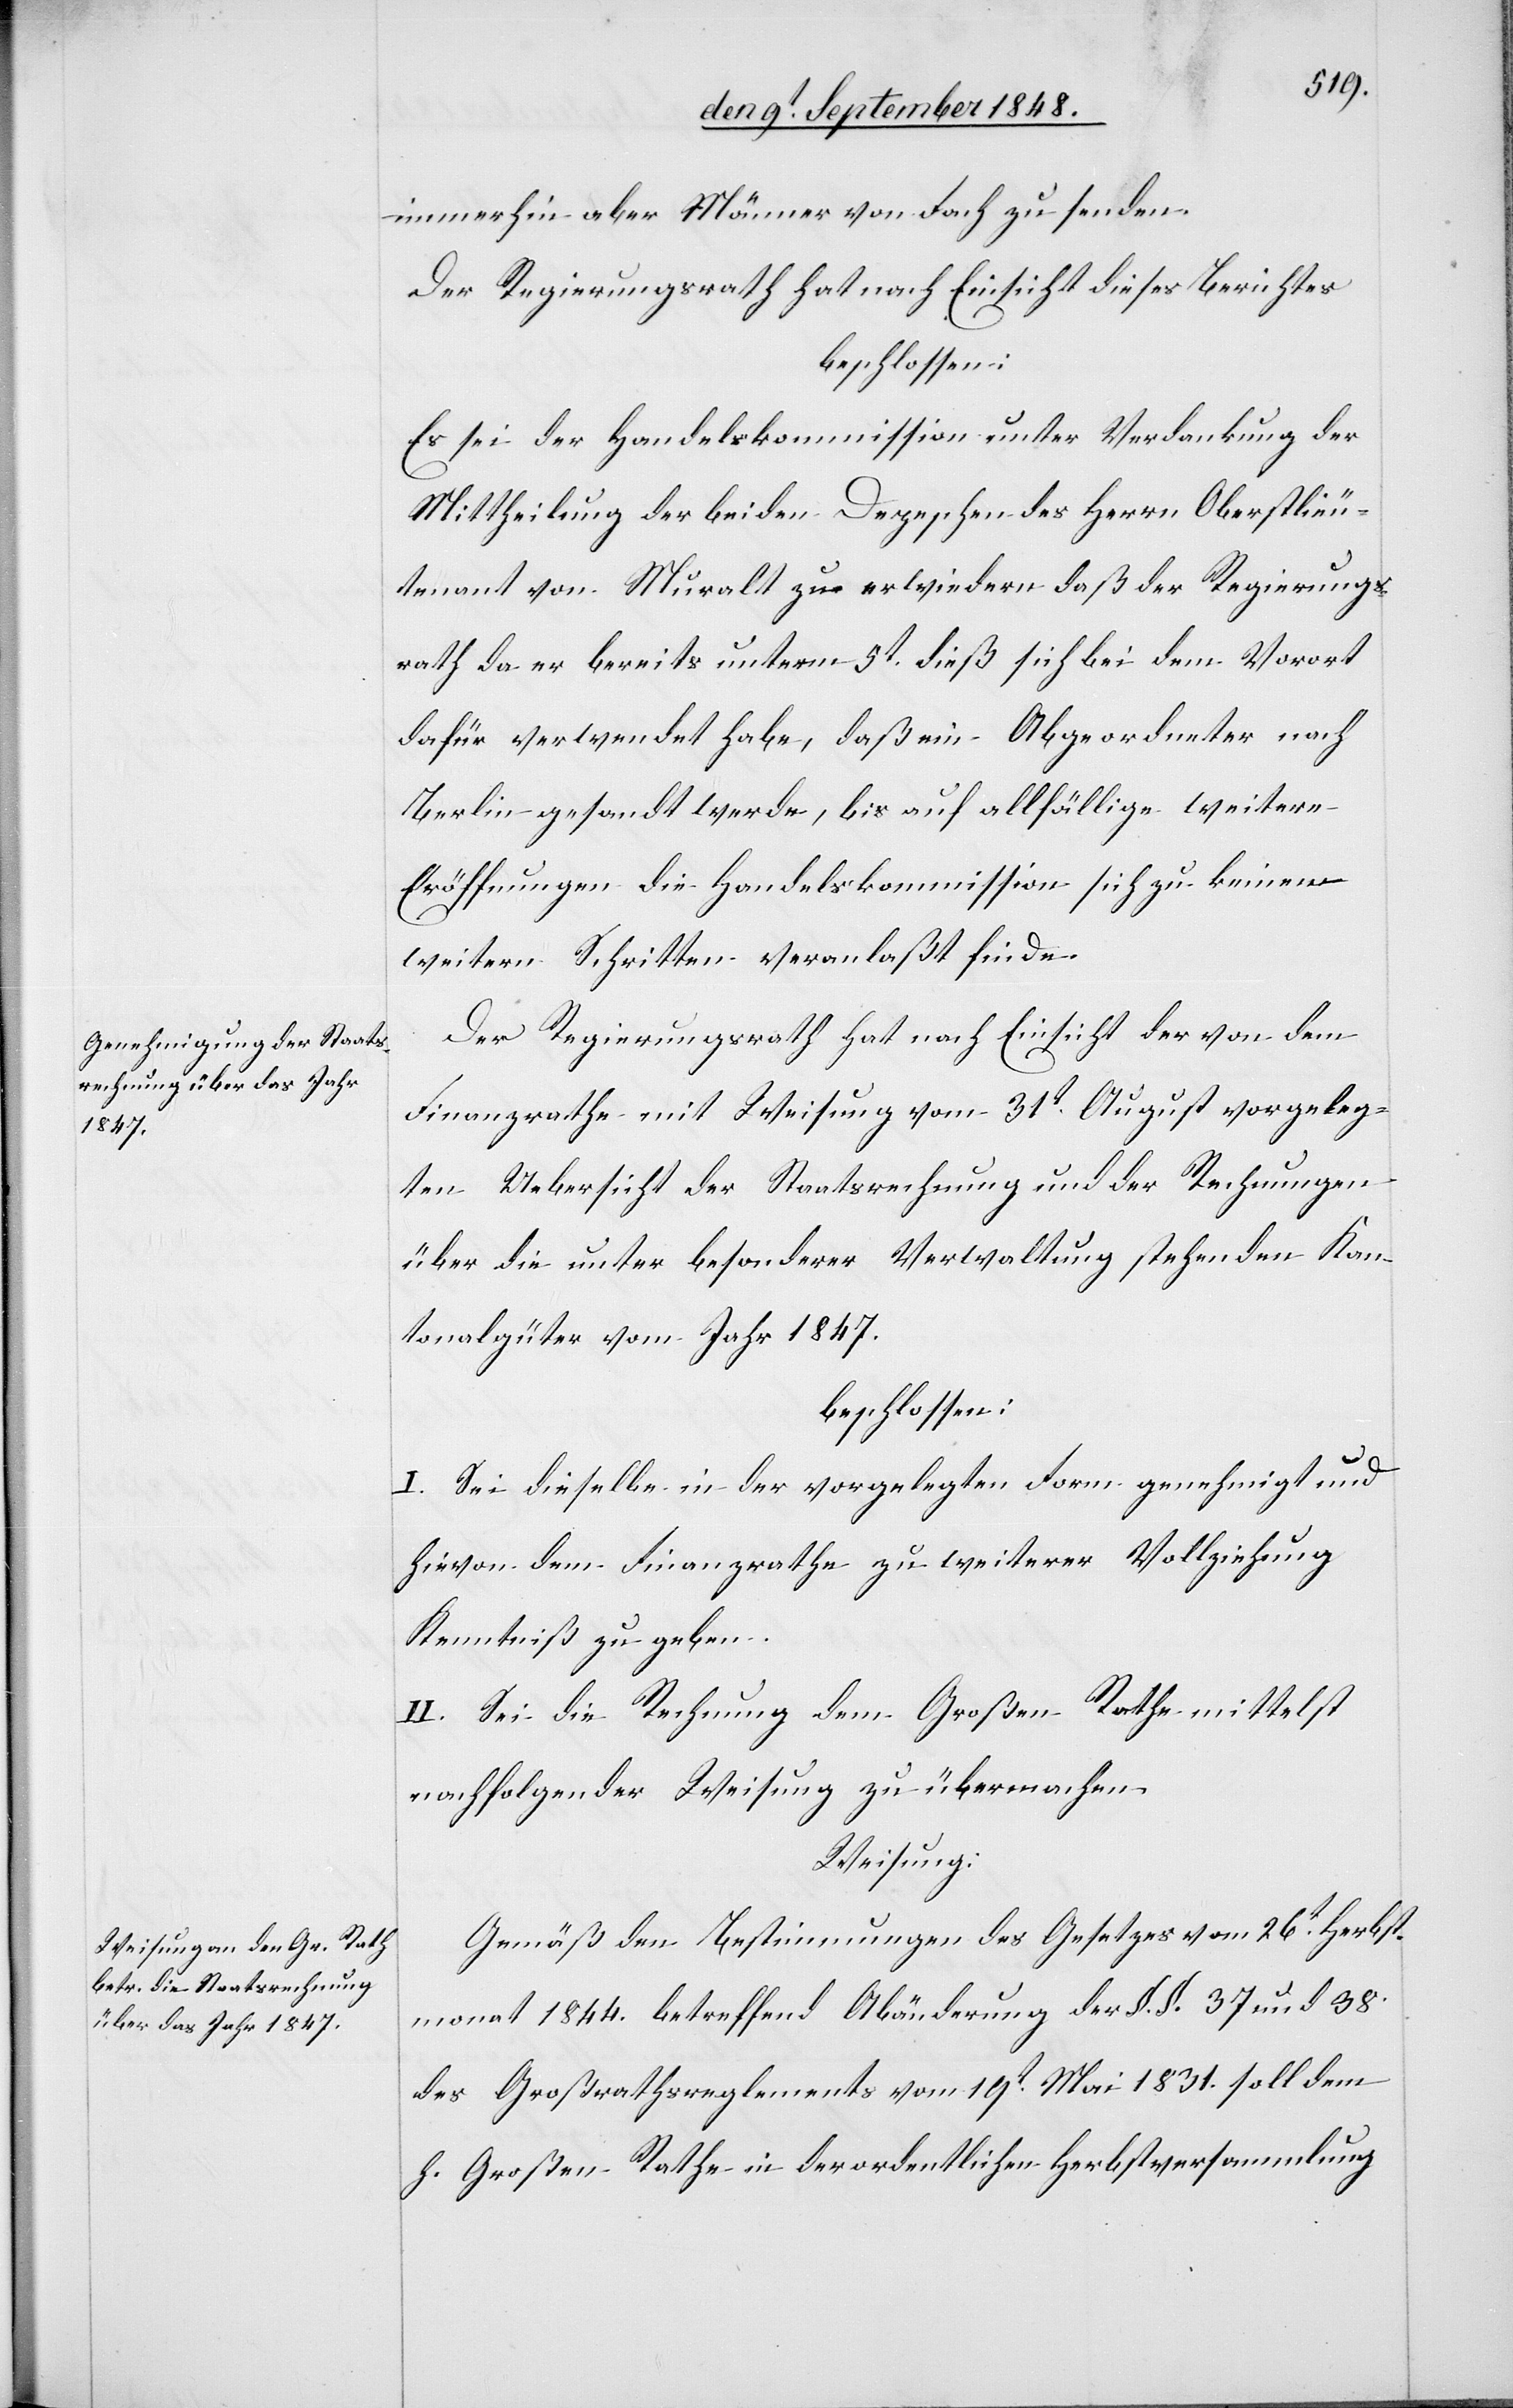
immerhin aber Männer von Fach zu senden.
Der Regierungsrath hat nach Einsicht dieses Berichtes
beschlossen:
Es sei der Handelskommission unter Verdankung der
Mittheilung der beiden Depeschen des Herrn Oberstlieu¬
tenant von Muralt zu erwidern, daß der Regierungs¬
rath da er bereits unterm 5t dieß sich bei dem Vorort
dafür verwendet habe, daß ein Abgeordneter nach
Berlin gesandt werde, bis auf allfällige weitere
Eröffnungen die Handelskommission sich zu keinen
weitern Schritten veranlaßt finde.
Der Regierungsrath hat nach Einsicht der von dem
Finanzrathe mit Weisung vom 31t August vorgeleg¬
ten Uebersicht der Staatsrechnung und der Rechnungen
über die unter besonderer Verwaltung stehenden Kan¬
tonalgüter vom Jahr 1847.
beschlossen:
I. Sei dieselbe in der vorgelegten Form genehmigt und
hievon dem Finanzrathe zu weiterer Vollziehung
Kenntniß zu geben.
II. Sei die Rechnung dem Großen Rathe mittelst
nachfolgender Weisung zu übermachen.
Weisung:
Gemäß den Bestimmungen des Gesetzes vom 26t Herbst¬
monat 1844. betreffend Abänderung der §. §. 37 und 38.
des Großrathsreglements vom 19t Mai 1831. soll dem
h. Großen Rathe in der ordentlichen Herbstversammlung